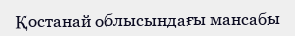
Қостанай облысындағы мансабы